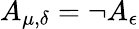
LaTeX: A_{\mu,\delta}=\neg A_{\epsilon}